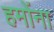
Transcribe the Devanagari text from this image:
हमोंना